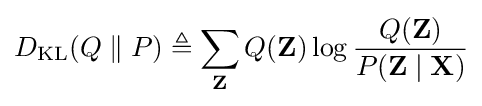
D_{\mathrm {KL} }(Q\parallel P)\triangleq \sum _{\mathbf {Z} }Q(\mathbf {Z} )\log {\frac {Q(\mathbf {Z} )}{P(\mathbf {Z} \mid \mathbf {X} )}}